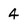
Character: 4